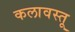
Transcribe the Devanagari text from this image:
कलावस्तू